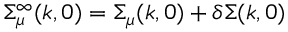
\Sigma _ { \mu } ^ { \infty } ( k , 0 ) = \Sigma _ { \mu } ( k , 0 ) + \delta \Sigma ( k , 0 )